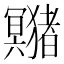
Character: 𤣘